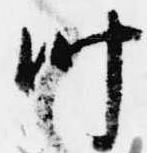
叶